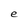
Character: e